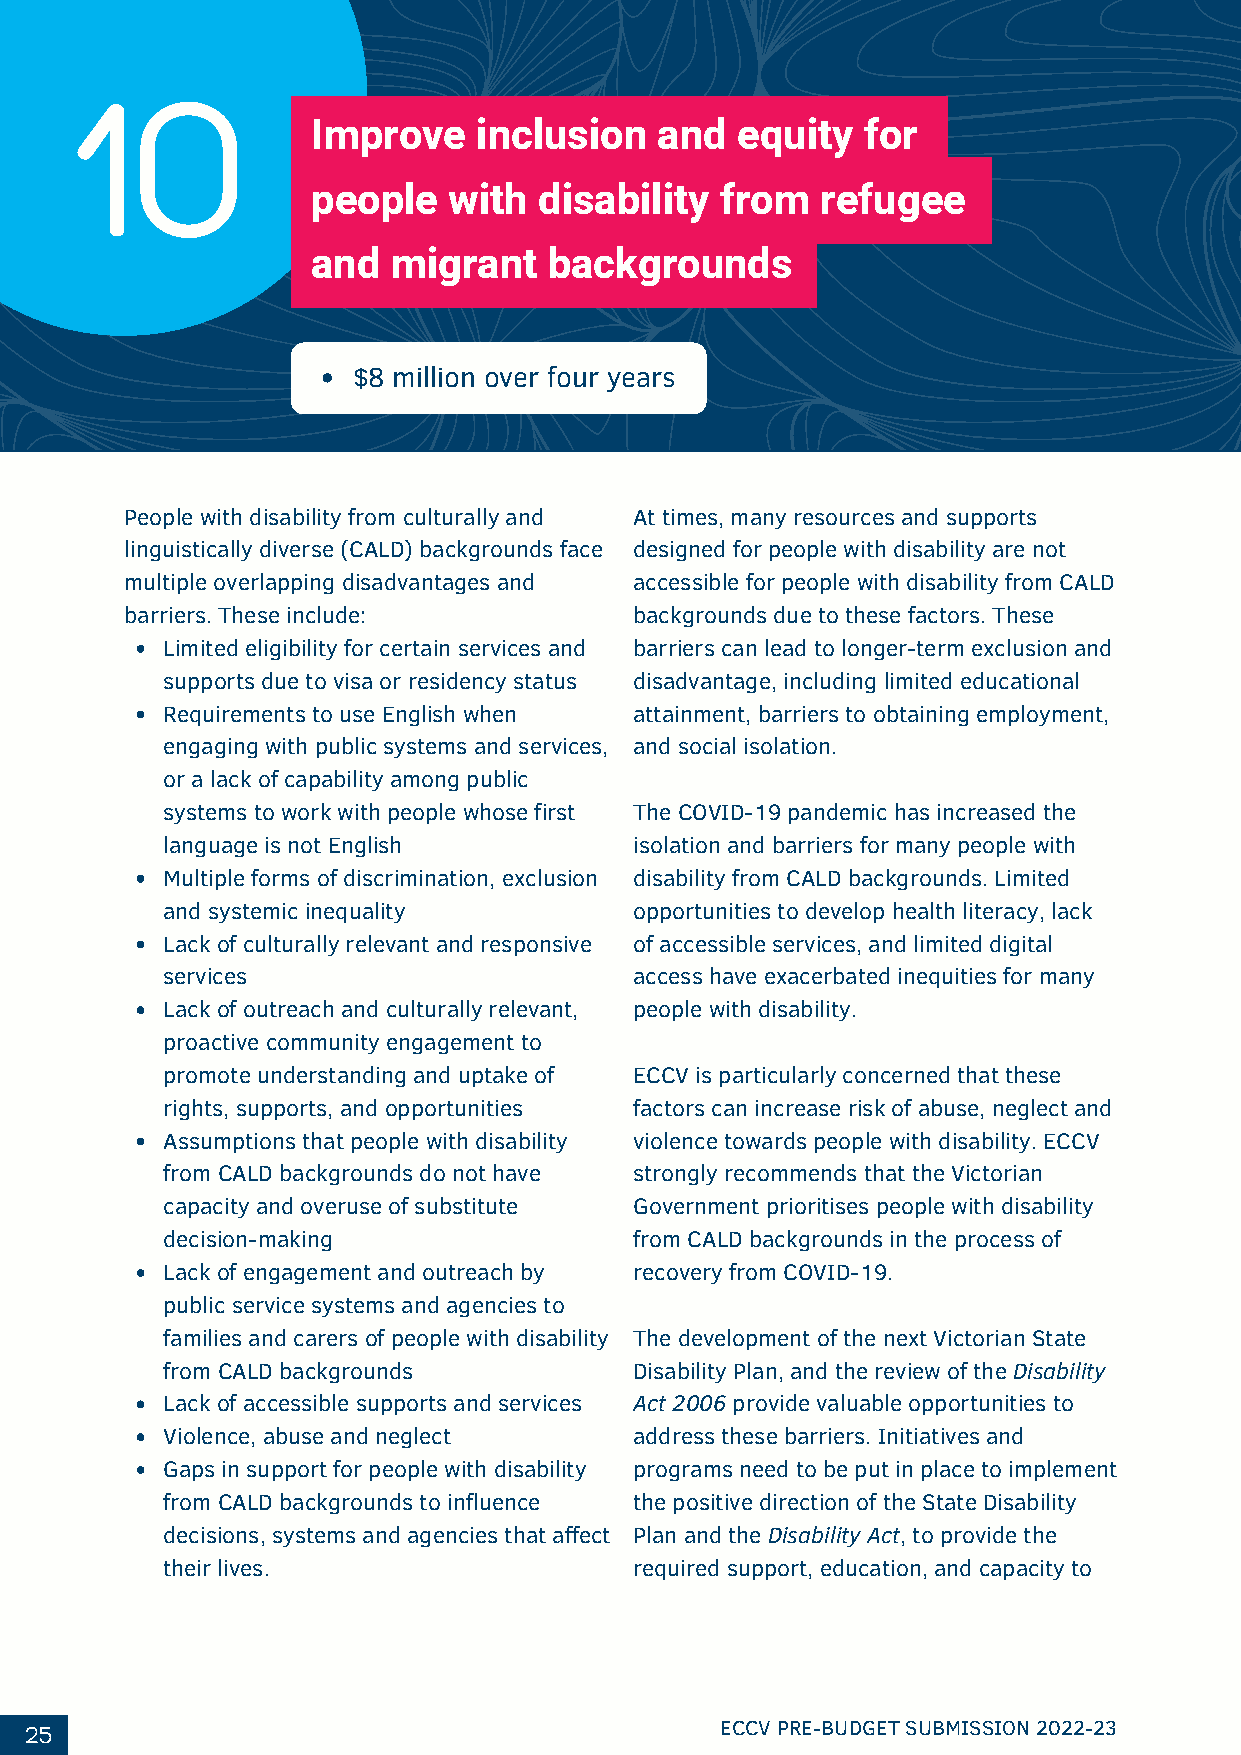
10
 Improve    inclusion   and  equity  for
 people   with  disability  from  refugee
 and  migrant   backgrounds
 $8 million over four years
 People with disability from culturally and At times, many resources and supports
 linguistically diverse (CALD) backgrounds face designed for people with disability are not
 multiple overlapping disadvantages and accessible for people with disability from CALD
 barriers. These include:          backgrounds due to these factors. These
 Limited eligibility for certain services and barriers can lead to longer-term exclusion and
 supports due to visa or residency status disadvantage, including limited educational
 Requirements to use English when attainment, barriers to obtaining employment,
 engaging with public systems and services, and social isolation.
 or a lack of capability among public
 systems to work with people whose first The COVID-19 pandemic has increased the
 language is not English        isolation and barriers for many people with
 Multiple forms of discrimination, exclusion disability from CALD backgrounds. Limited
 and systemic inequality        opportunities to develop health literacy, lack
 Lack of culturally relevant and responsive of accessible services, and limited digital
 services                       access have exacerbated inequities for many
 Lack of outreach and culturally relevant, people with disability.
 proactive community engagement to
 promote understanding and uptake of ECCV is particularly concerned that these
 rights, supports, and opportunities factors can increase risk of abuse, neglect and
 Assumptions that people with disability violence towards people with disability. ECCV
 from CALD backgrounds do not have strongly recommends that the Victorian
 capacity and overuse of substitute Government prioritises people with disability
 decision-making                from CALD backgrounds in the process of
 Lack of engagement and outreach by recovery from COVID-19.
 public service systems and agencies to
 families and carers of people with disability The development of the next Victorian State
 from CALD backgrounds          Disability Plan, and the review of the Disability
 Lack of accessible supports and services Act 2006 provide valuable opportunities to
 Violence, abuse and neglect    address these barriers. Initiatives and
 Gaps in support for people with disability programs need to be put in place to implement
 from CALD backgrounds to influence the positive direction of the State Disability
 decisions, systems and agencies that affect Plan and the Disability Act, to provide the
 their lives.                   required support, education, and capacity to
 25                                            ECCV PRE-BUDGET SUBMISSION 2022-23